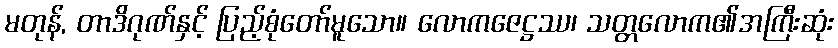
မတုန်, တာဒိဂုဏ်နှင့် ပြည့်စုံတော်မူသော။ လောကဇေဋ္ဌဿ၊ သတ္တလောက၏အကြီးဆုံး